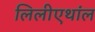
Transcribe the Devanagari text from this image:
लिलीएथांल